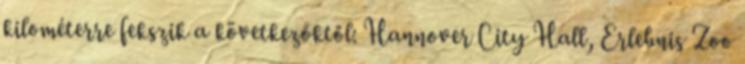
kilométerre fekszik a következőktől: Hannover City Hall, Erlebnis Zoo